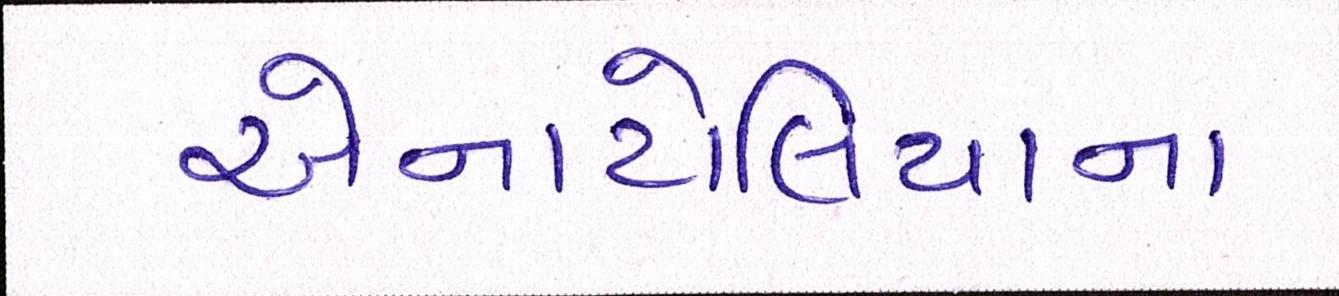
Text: એનાટોલિયાના